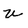
Character: u